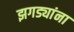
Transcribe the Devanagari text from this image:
झगड्यांना